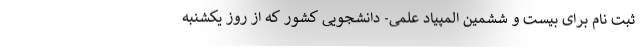
ثبت نام برای بیست و ششمین المپیاد علمی- دانشجویی کشور که از روز یکشنبه